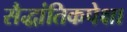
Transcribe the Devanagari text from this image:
सैद्धांतिकपेक्षा